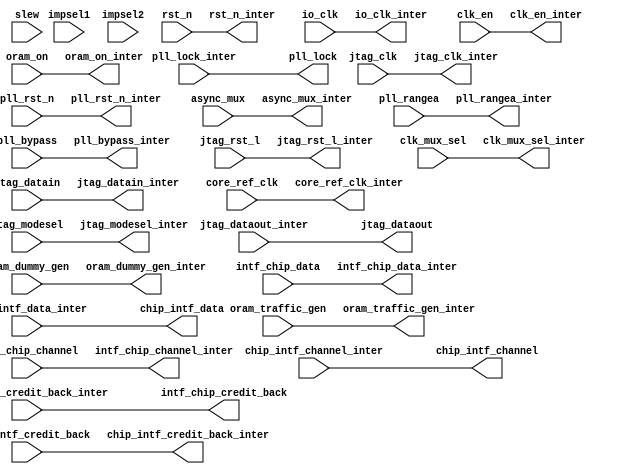
module OCI (
   // Outside
   input slew,
   input impsel1,
   input impsel2,
   input core_ref_clk,
   input io_clk,
   input rst_n,
   input pll_rst_n,
   input [4:0] pll_rangea,
   input [1:0] clk_mux_sel,
   input clk_en,
   input pll_bypass,
   input async_mux,
   input oram_on,
   input oram_traffic_gen,
   input oram_dummy_gen,
   output pll_lock,
   input  wire jtag_clk,
   input  wire jtag_rst_l,
   input  wire jtag_modesel,
   input  wire jtag_datain,
   output wire jtag_dataout,
   input  [31:0]                 intf_chip_data,
   input  [1:0]                  intf_chip_channel,
   output [2:0]                  intf_chip_credit_back,
   output [31:0]                 chip_intf_data,
   output [1:0]                  chip_intf_channel,
   input  [2:0]                  chip_intf_credit_back,
   // Inside
   output core_ref_clk_inter,
   output io_clk_inter,
   output rst_n_inter,
   output pll_rst_n_inter,
   output [4:0] pll_rangea_inter,
   output [1:0] clk_mux_sel_inter,
   output clk_en_inter,
   output pll_bypass_inter,
   output async_mux_inter,
   output oram_on_inter,
   output oram_traffic_gen_inter,
   output oram_dummy_gen_inter,
   input  pll_lock_inter,
   output wire jtag_clk_inter,
   output wire jtag_rst_l_inter,
   output wire jtag_modesel_inter,
   output wire jtag_datain_inter,
   input  wire jtag_dataout_inter,
   output [31:0]                 intf_chip_data_inter,
   output [1:0]                  intf_chip_channel_inter,
   input  [2:0]                  intf_chip_credit_back_inter,
   input  [31:0]                 chip_intf_data_inter,
   input  [1:0]                  chip_intf_channel_inter,
   output [2:0]                  chip_intf_credit_back_inter
   );

`ifdef USE_FAKE_IOS

    assign core_ref_clk_inter = core_ref_clk;
    assign io_clk_inter = io_clk;
    assign rst_n_inter = rst_n;
    assign pll_rst_n_inter = pll_rst_n;
    assign pll_rangea_inter = pll_rangea;
    assign clk_mux_sel_inter = clk_mux_sel;
    assign clk_en_inter = clk_en;
    assign pll_bypass_inter = pll_bypass;
    assign async_mux_inter = async_mux;
    assign oram_on_inter = oram_on;
    assign oram_traffic_gen_inter = oram_traffic_gen;
    assign oram_dummy_gen_inter = oram_dummy_gen;
    assign pll_lock = pll_lock_inter;
    assign jtag_clk_inter = jtag_clk;
    assign jtag_rst_l_inter = jtag_rst_l;
    assign jtag_modesel_inter = jtag_modesel;
    assign jtag_datain_inter = jtag_datain;
    assign jtag_dataout = jtag_dataout_inter;
    assign intf_chip_data_inter = intf_chip_data;
    assign intf_chip_channel_inter = intf_chip_channel;
    assign intf_chip_credit_back = intf_chip_credit_back_inter;
    assign chip_intf_data = chip_intf_data_inter;
    assign chip_intf_channel = chip_intf_channel_inter;
    assign chip_intf_credit_back_inter = chip_intf_credit_back;

`else // `ifndef USE_FAKE_IOS
    
    // PUT REAL PADS AND I/Os HERE FOR SYNTHESIS AND BACKEND
    // BELOW IS A DUMMY SO FUNCTIONALITY IS MAINTAINED
    assign core_ref_clk_inter = core_ref_clk;
    assign io_clk_inter = io_clk;
    assign rst_n_inter = rst_n;
    assign pll_rst_n_inter = pll_rst_n;
    assign pll_rangea_inter = pll_rangea;
    assign clk_mux_sel_inter = clk_mux_sel;
    assign clk_en_inter = clk_en;
    assign pll_bypass_inter = pll_bypass;
    assign async_mux_inter = async_mux;
    assign oram_on_inter = oram_on;
    assign oram_traffic_gen_inter = oram_traffic_gen;
    assign oram_dummy_gen_inter = oram_dummy_gen;
    assign pll_lock = pll_lock_inter;
    assign jtag_clk_inter = jtag_clk;
    assign jtag_rst_l_inter = jtag_rst_l;
    assign jtag_modesel_inter = jtag_modesel;
    assign jtag_datain_inter = jtag_datain;
    assign jtag_dataout = jtag_dataout_inter;
    assign intf_chip_data_inter = intf_chip_data;
    assign intf_chip_channel_inter = intf_chip_channel;
    assign intf_chip_credit_back = intf_chip_credit_back_inter;
    assign chip_intf_data = chip_intf_data_inter;
    assign chip_intf_channel = chip_intf_channel_inter;
    assign chip_intf_credit_back_inter = chip_intf_credit_back; 

`endif
   
   endmodule